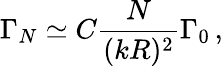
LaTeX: \Gamma_{N}\simeq C\frac{N}{(kR)^{2}}\Gamma_{0}\, ,